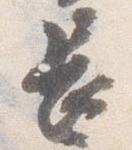
長